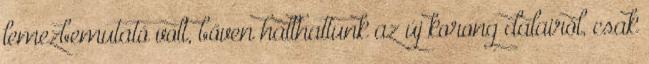
lemezbemutató volt, bőven hallhattunk az új korong dalairól, csak